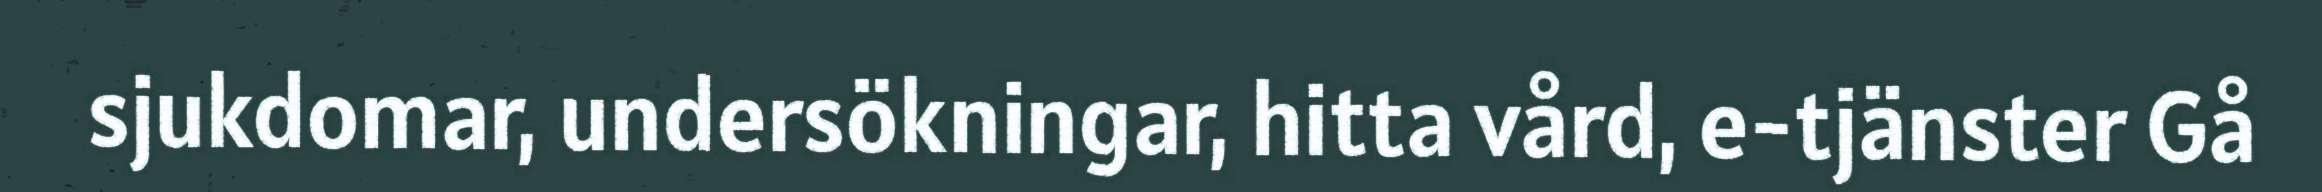
sjukdomar, undersökningar, hitta vård, e-tjänster Gå